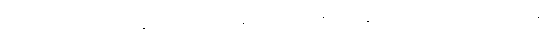
သတ္တုတွင်းတွေ တဟုန်ထိုး များမလာသေးခင် ၂၀၀၅ ကနေ ၂၀၀၈ ကာလအတွင်းကဆို